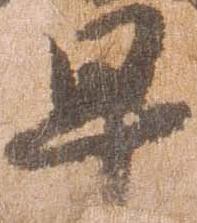
早